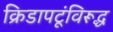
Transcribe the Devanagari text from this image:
क्रिडापटूंविरूद्ध